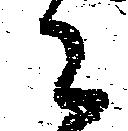
已